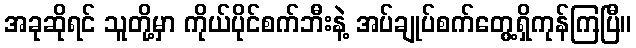
အခုဆိုရင် သူတို့မှာ ကိုယ်ပိုင်စက်ဘီးနဲ့ အပ်ချုပ်စက်တွေ့ရှိကုန်ကြပြီ။